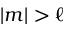
| m | > \ell